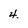
Character: 4